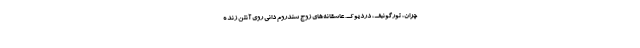
چران، تورگونبف، دردیوک. عاشقانه‌های زوج سندروم دانی روی آنتن زنده